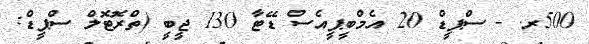
500ރ. - ސްޕީޑް 20 އެމްބީޕީއެސް ޑޭޓާ 130 ޖީބީ (ތްރޮޓޮލް ސްޕީޑް: